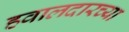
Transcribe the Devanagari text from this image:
हवालदारच्या